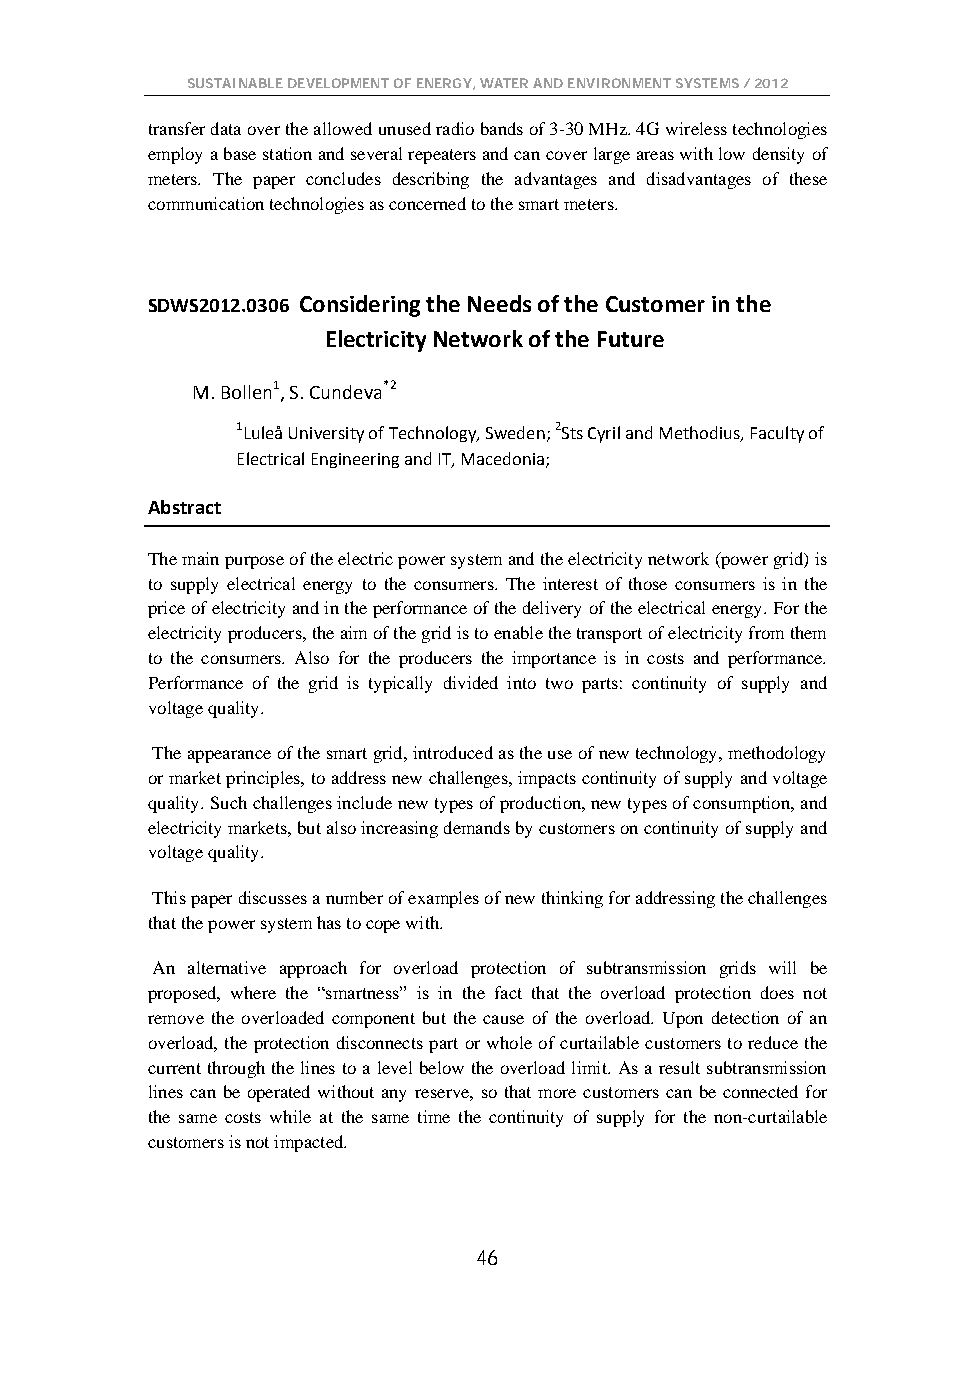
SUSTAINABLE DEVELOPMENT OF ENERGY, WATER AND ENVIRONMENT SYSTEMS / 2012
 transfer data over the allowed unused radio bands of 3-30 MHz. 4G wireless technologies
 employ a base station and several repeaters and can cover large areas with low density of
 meters. The paper concludes describing the advantages and disadvantages of these
 communication technologies as concerned to the smart meters.
 SDWS2012.0306 Considering the Needs of the Customer in the
 Electricity Network of the Future
 M. Bollen1, S. Cundeva*2
 1Luleå University of Technology, Sweden; 2Sts Cyril and Methodius, Faculty of
 Electrical Engineering and IT, Macedonia;
 Abstract
 The main purpose of the electric power system and the electricity network (power grid) is
 to supply electrical energy to the consumers. The interest of those consumers is in the
 price of electricity and in the performance of the delivery of the electrical energy. For the
 electricity producers, the aim of the grid is to enable the transport of electricity from them
 to the consumers. Also for the producers the importance is in costs and performance.
 Performance of the grid is typically divided into two parts: continuity of supply and
 voltage quality.
 The appearance of the smart grid, introduced as the use of new technology, methodology
 or market principles, to address new challenges, impacts continuity of supply and voltage
 quality. Such challenges include new types of production, new types of consumption, and
 electricity markets, but also increasing demands by customers on continuity of supply and
 voltage quality.
 This paper discusses a number of examples of new thinking for addressing the challenges
 that the power system has to cope with.
 An alternative approach for overload protection of subtransmission grids will be
 proposed, where the “smartness” is in the fact that the overload protection does not
 remove the overloaded component but the cause of the overload. Upon detection of an
 overload, the protection disconnects part or whole of curtailable customers to reduce the
 current through the lines to a level below the overload limit. As a result subtransmission
 lines can be operated without any reserve, so that more customers can be connected for
 the same costs while at the same time the continuity of supply for the non-curtailable
 customers is not impacted.
 46